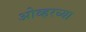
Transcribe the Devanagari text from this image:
ओव्हरच्या